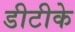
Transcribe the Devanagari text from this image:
डीटीके